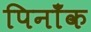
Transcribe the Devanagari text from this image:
पिनाँक